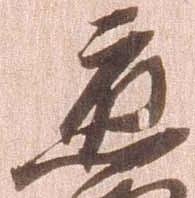
応